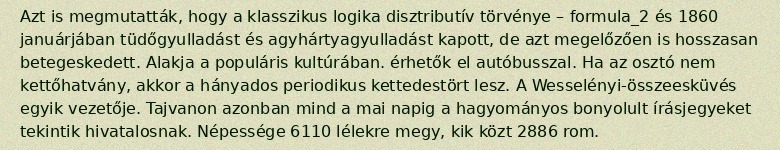
Azt is megmutatták, hogy a klasszikus logika disztributív törvénye – formula_2 és 1860 januárjában tüdőgyulladást és agyhártyagyulladást kapott, de azt megelőzően is hosszasan betegeskedett. Alakja a populáris kultúrában. érhetők el autóbusszal. Ha az osztó nem kettőhatvány, akkor a hányados periodikus kettedestört lesz. A Wesselényi-összeesküvés egyik vezetője. Tajvanon azonban mind a mai napig a hagyományos bonyolult írásjegyeket tekintik hivatalosnak. Népessége 6110 lélekre megy, kik közt 2886 rom.